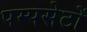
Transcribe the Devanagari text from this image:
पम्पसेटों